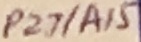
Text: P2.7/A15